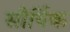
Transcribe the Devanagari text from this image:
सौर्यिक